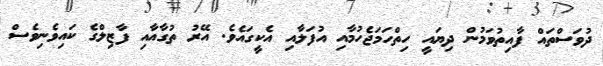
ދުވަސްތައް ފާއިތުވަމުން ދިޔައީ ހިތްހަމަޖެހުމާއިި އުފަލާއި އެކީގައެވެ. އޭރު ތުގާއާއި ފާޒިލްގެ ކައިވެނިވެސް